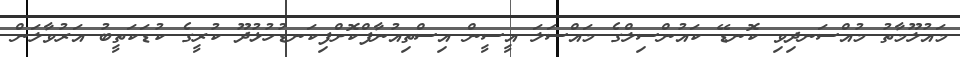
މައުލޫމާތު މުއްސަނދިވި ކޮނޑޭ ކައުންސިލްގެ މައްސަލަ އީސީން އިސްތިއުނާފްކޮށްފިކަނޑުހުޅުދޫ ކުރީގެ ކުޑަކަތީބު އަރުވާލަން